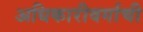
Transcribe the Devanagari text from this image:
अधिकारीवर्गाची